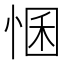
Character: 𢛕